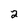
Character: 2